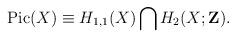
LaTeX: \begin{align*}\hbox{Pic}(X) \equiv H_{1,1}(X) \bigcap H_2(X;{\bf Z}).\end{align*}